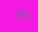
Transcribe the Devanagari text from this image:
दस्तवेज